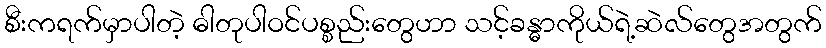
စီးကရက်မှာပါတဲ့ ဓါတုပါဝင်ပစ္စည်းတွေဟာ သင့်ခန္ဓာကိုယ်ရဲ့ဆဲလ်တွေအတွက်